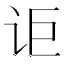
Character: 讵